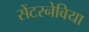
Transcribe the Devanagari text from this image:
सेंटरनेविया